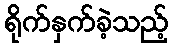
ရိုက်နှက်ခဲ့သည့်